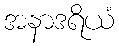
အနာဒရိယံ